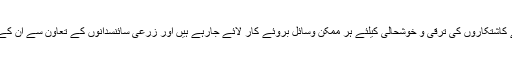
ماہرین زراعت نے بتایاکہ حکومت کی طرف سے چھوٹے کاشتکاروں کی ترقی و خوشحالی کیلئے ہر ممکن وسائل بروئے کار لائے جارہے ہیں اور زرعی سائنسدانوں کے تعاون سے ان کے مسائل کو حل کرنے کی بھر پور کوشش کی جارہی ہے ۔